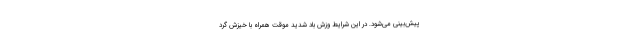
پیش‌بینی می‌شود. در این شرایط وزش باد شدید موقت همراه با خیزش گرد